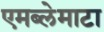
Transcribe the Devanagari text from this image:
एमब्लेमाटा